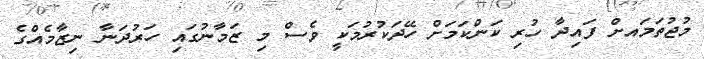
މުޖުތަމައށް ފައިދާ ހުރި ކަންކަމަށް ހޭދަކުރުމަކީ ވެސް މި ޒަމާނުގައި ހަރުދަނާ ނިޒާމެއްގެ